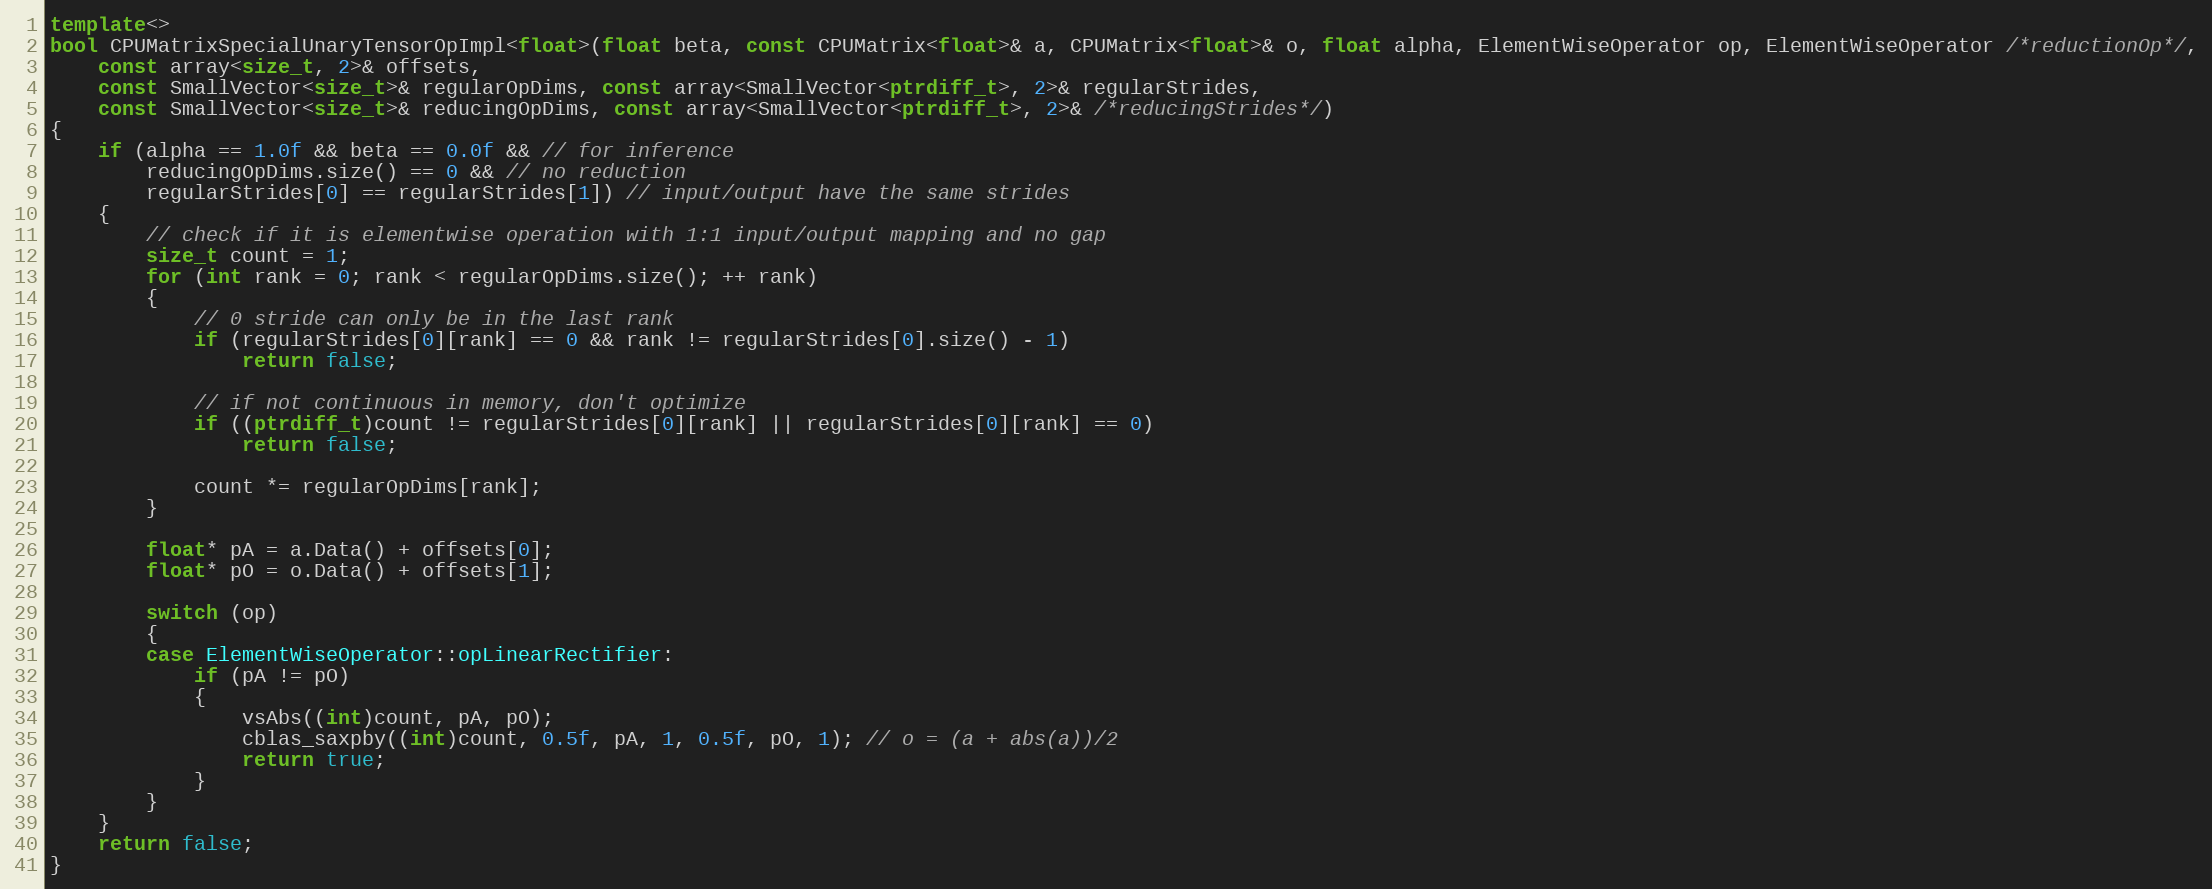
Language: C++
template<>
bool CPUMatrixSpecialUnaryTensorOpImpl<float>(float beta, const CPUMatrix<float>& a, CPUMatrix<float>& o, float alpha, ElementWiseOperator op, ElementWiseOperator /*reductionOp*/,
    const array<size_t, 2>& offsets,
    const SmallVector<size_t>& regularOpDims, const array<SmallVector<ptrdiff_t>, 2>& regularStrides,
    const SmallVector<size_t>& reducingOpDims, const array<SmallVector<ptrdiff_t>, 2>& /*reducingStrides*/)
{
    if (alpha == 1.0f && beta == 0.0f && // for inference
        reducingOpDims.size() == 0 && // no reduction
        regularStrides[0] == regularStrides[1]) // input/output have the same strides
    {
        // check if it is elementwise operation with 1:1 input/output mapping and no gap
        size_t count = 1;
        for (int rank = 0; rank < regularOpDims.size(); ++ rank)
        {
            // 0 stride can only be in the last rank
            if (regularStrides[0][rank] == 0 && rank != regularStrides[0].size() - 1)
                return false;

            // if not continuous in memory, don't optimize
            if ((ptrdiff_t)count != regularStrides[0][rank] || regularStrides[0][rank] == 0)
                return false;

            count *= regularOpDims[rank];
        }

        float* pA = a.Data() + offsets[0];
        float* pO = o.Data() + offsets[1];

        switch (op)
        {
        case ElementWiseOperator::opLinearRectifier:
            if (pA != pO)
            {
                vsAbs((int)count, pA, pO);
                cblas_saxpby((int)count, 0.5f, pA, 1, 0.5f, pO, 1); // o = (a + abs(a))/2
                return true;
            }
        }
    }
    return false;
}